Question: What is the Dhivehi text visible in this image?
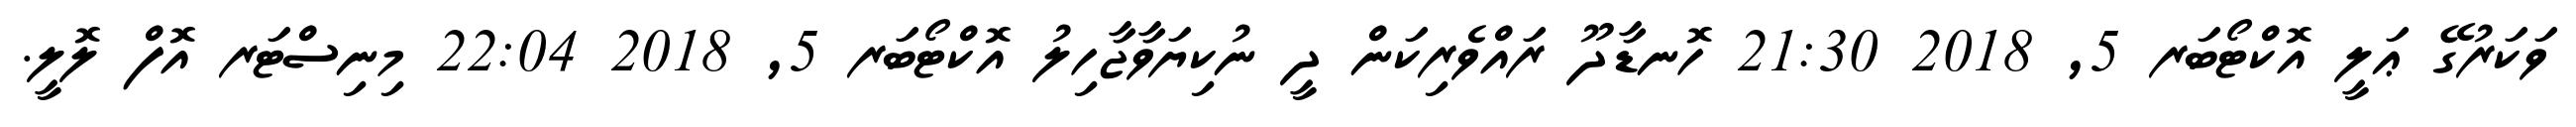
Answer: ވަކަރުގޭ ޢަލީ އޮކްޓޯބަރ 5, 2018 21:30 ހޮނޑާދޫ ރައްވެރިކަން ދީ ނުކިޔަވާޖާހިލު އޮކްޓޯބަރ 5, 2018 22:04 މިނިސްޓަރ އޮފް ލޮލީ.